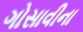
ગોસાવીના